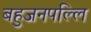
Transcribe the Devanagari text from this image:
बहुजनपल्लि